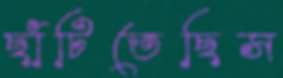
ছাঁটিতেছিস